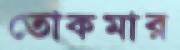
তোকমার